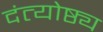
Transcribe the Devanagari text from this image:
दंत्योष्ठ्य